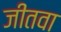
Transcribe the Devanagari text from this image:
जीतवा